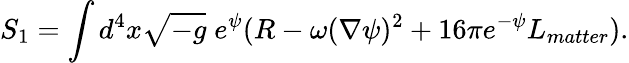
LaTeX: S_{1}=\int d^{4}x\sqrt{-g}\; e^{\psi}(R-\omega(\nabla\psi)^{2}+16\pi e^{-\psi}L_{matter}).